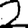
Digit: 2